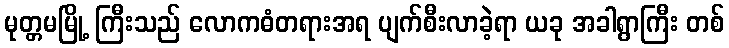
မုတ္တမမြို့ ကြီးသည် လောကဓံတရားအရ ပျက်စီးလာခဲ့ရာ ယခု အခါရွာကြီး တစ်